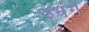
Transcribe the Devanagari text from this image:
उमंगें